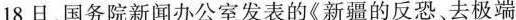
18日，国务院新闻办公室发表的《新疆的反恐、去极端